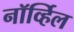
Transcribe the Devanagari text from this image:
नॉर्व्हिल